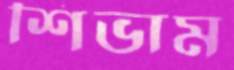
শিভাম